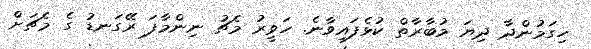
ހިގަމުންދާ ދިޔަ މުބާރާތް ކުޅެފައިވާނެ. ހަވީރު މެޗު ނިންމާފަ ރޭގަނޑު ގެ މެޗަށް